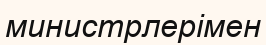
министрлерімен